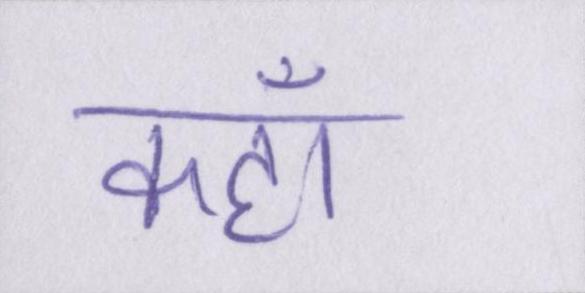
कहॉं